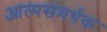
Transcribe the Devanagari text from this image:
आत्मसमर्थक